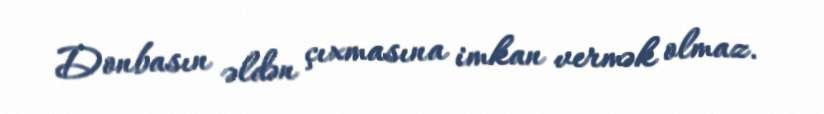
Donbasın əldən çıxmasına imkan vermək olmaz.